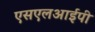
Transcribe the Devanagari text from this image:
एसएलआईपी